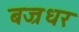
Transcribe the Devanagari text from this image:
बज्रधर